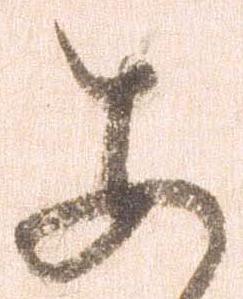
あ